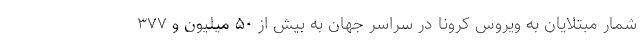
شمار مبتلایان به ویروس کرونا در سراسر جهان به بیش از ۵۰ میلیون و ۳۷۷